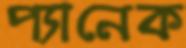
প্যানেক